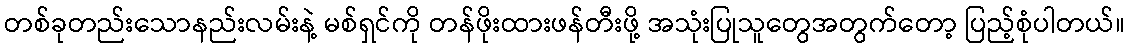
တစ်ခုတည်းသောနည်းလမ်းနဲ့ မစ်ရှင်ကို တန်ဖိုးထားဖန်တီးဖို့ အသုံးပြုသူတွေအတွက်တော့ ပြည့်စုံပါတယ်။